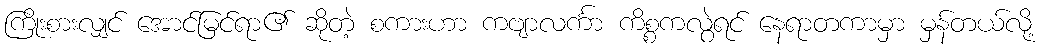
ကြိုးစားလျှင် အောင်မြင်ရာ၏ ဆိုတဲ့ စကားဟာ ကဗျာလင်္ကာ ကိစ္စကလွဲရင် နေရာတကာမှာ မှန်တယ်လို့